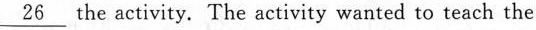
\underline{26} the activity. The activity wanted to teach the